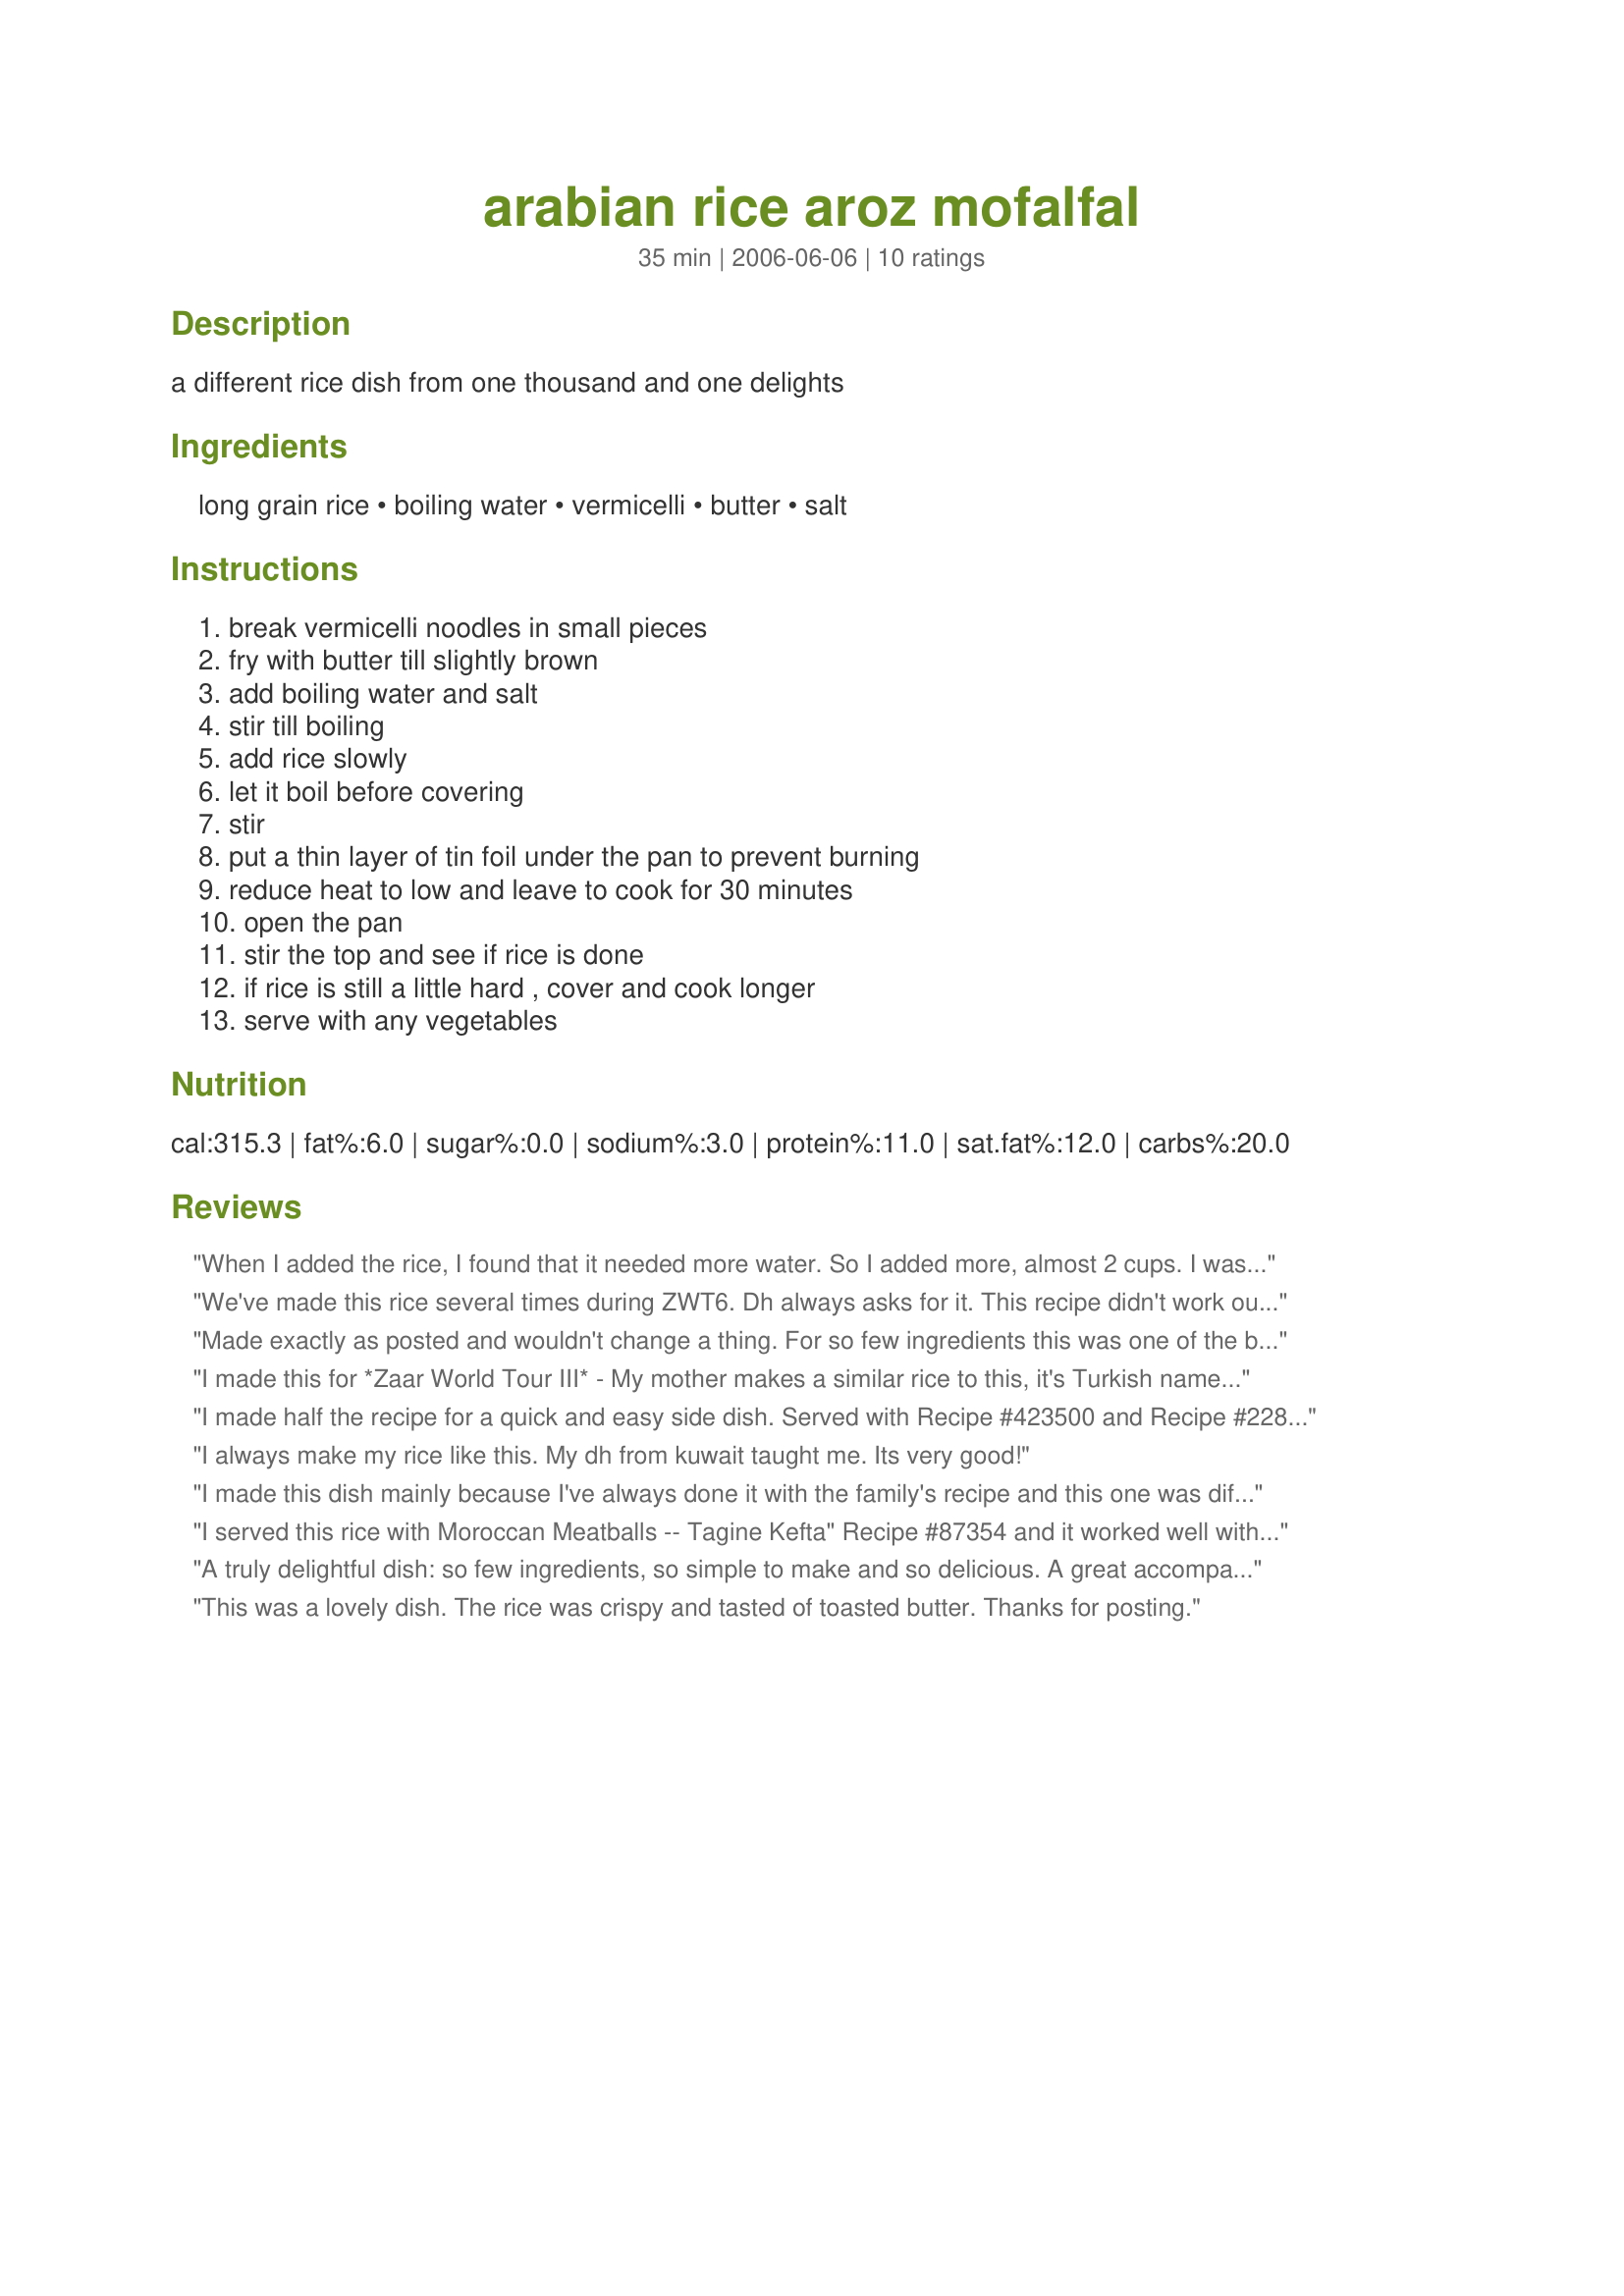
arabian rice aroz mofalfal
Preparation time: 35 minutes

a different rice dish from one thousand and one delights

Ingredients:
long grain rice, boiling water, vermicelli, butter, salt

Steps:
break vermicelli noodles in small pieces, fry with butter till slightly brown, add boiling water and salt, stir till boiling, add rice slowly, let it boil before covering, stir, put a thin layer of tin foil under the pan to prevent burning, reduce heat to low and leave to cook for 30 minutes, open the pan, stir the top and see if rice is done, if rice is still a little hard , cover and cook longer, serve with any vegetables

Reviews:
When I added the rice, I found that it needed more water. So I added more, almost 2 cups. I was afraid it would stick to the pan. The taste is great like that. And I didn't use salt. I may also use more vermicelli next time as I don't think there was enough. Thanks Sage :) Made for the Zwizzle Chicks of ZWt
We've made this rice several times during ZWT6. Dh always asks for it. This recipe didn't work out as well as another one I made. It needed more vermicelli and double amount of water. Taste was improved by using a chicken cube.It was delicious.
Made exactly as posted and wouldn't change a thing. For so few ingredients this was one of the best tasting rice dishes I've had in a long time. I'm so happy with the results. Served it up with recipe#133902. TFS Sage. Made for ZWT3
I made this for *Zaar World Tour III* - My mother makes a similar rice to this, it's Turkish name is 'Pirinc Pilav'. I really enjoy this dish the only thing is that it was a little dry and the bottom burnt a little. I salvage most of it but everyone got a few crunchy bits. Next time if I make this again I would put a little more water, say about 2.5 cups or cook it less then 30 mins, other than this minor problem it was yummy. Thank you Sage.
I made half the recipe for a quick and easy side dish. Served with Recipe #423500 and Recipe #228801 for a light and satisfying supper.Thanks for posting Sage. Made for Zwizzle Chicks for ZWT6.
I always make my rice like this. My dh from kuwait taught me. Its very good!
I made this dish mainly because I've always done it with the family's recipe and this one was different and had a different cooking method. I did add more vermicelli because I really like it, and since after the water was added it looked like it was too little, I added about 1/3 cup more, and a bit more salt as well. I didn't put the foil under my pan because it was thick-bottomed. The end result was pretty good, it would go nicely with a spicy, flavorful meal, but for a more understated dinner, it would be a little bland. I served it with Recipe #399253. Thank you for posting. Made for Swizzle Chicks and ZWT 6.
I served this rice with Moroccan Meatballs -- Tagine Kefta" Recipe #87354 and it worked well with a spicy main dish. However, if I were serving this with a less seasoned main, I would definitely add seasoning to this recipe. I also wasn't quite sure of what to do with this instruction "Put a thin layer of tin under the pan to prevent burning." so I skipped it. Thank you for sharing your recipe! =)
A truly delightful dish: so few ingredients, so simple to make and so delicious. A great accompaniment to any meat or vegetable dish. Guided by Chef floWer's advice, I added a bit more water, but other than that, I made this exactly to the recipe. Made for EVERY DAY IS A HOLIDAY! It's a recipe I'll be making again and again! Thank you for sharing it, Sage!
This was a lovely dish. The rice was crispy and tasted of toasted butter. Thanks for posting.
